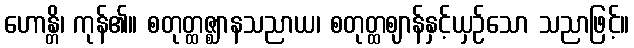
ဟောန္တိ၊ ကုန်၏။ စတုတ္ထဇ္ဈာနသညာယ၊ စတုတ္ထဈာန်နှင့်ယှဉ်သော သညာဖြင့်။